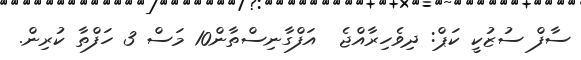
ސާފް ސުޒުކީ ކަޕް: ދިވެހިރާއްޖެ  އަފްގާނިސްތާން10 މަސް 3 ހަފްތާ ކުރިން.